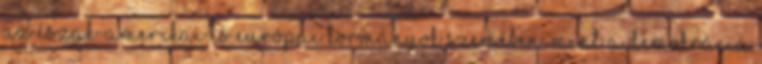
az észak-amerikai és európai kormányok szemében, mint a demokrácia